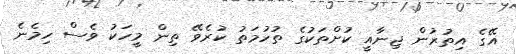
އޭގެ އިތުރުން ޖިނާއީ ކުށްތަކުގެ ތުހުމަތު ކުރެވޭ ތިން މީހަކު ވެސް ހިމެނެ